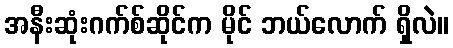
အနီးဆုံးဂက်စ်ဆိုင်က မိုင် ဘယ်လောက် ရှိလဲ။